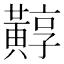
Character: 䵍